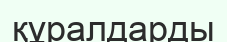
құралдарды